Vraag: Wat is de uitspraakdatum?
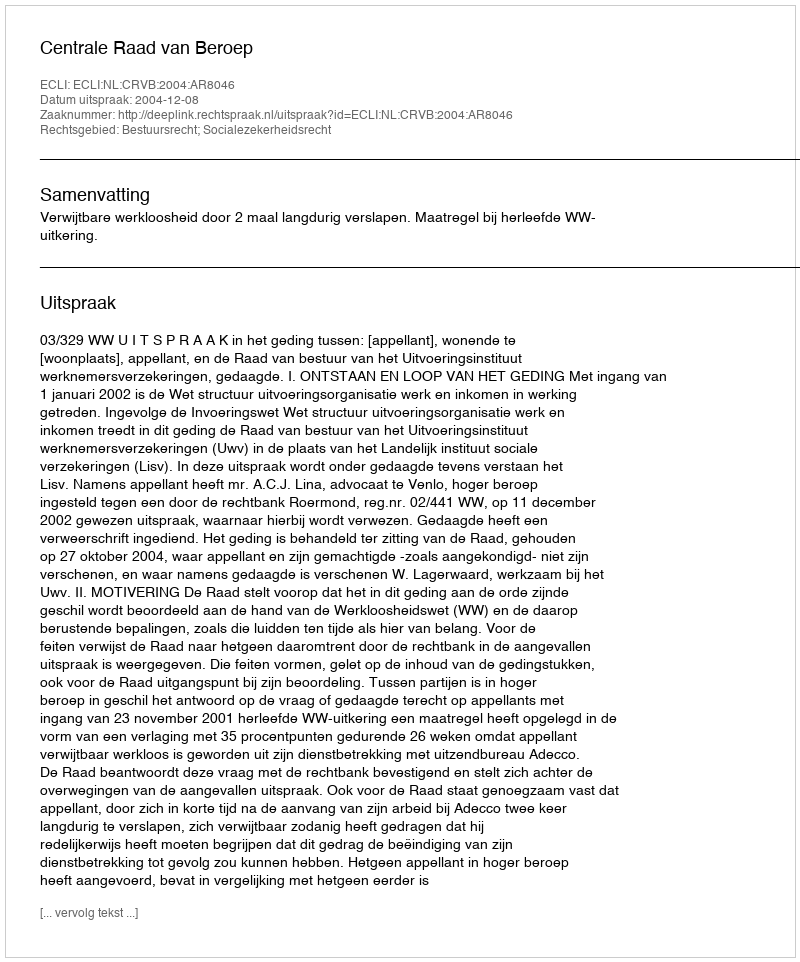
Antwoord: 2004-12-08